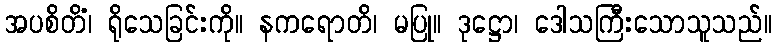
အပစိတိံ၊ ရိုသေခြင်းကို။ နကရောတိ၊ မပြု။ ဒုဋ္ဌော၊ ဒေါသကြီးသောသူသည်။